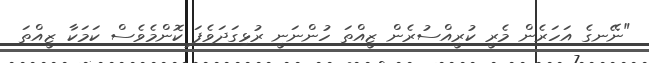
"ނޭނގެ އަހަރެން މެރީ ކުރީއްސުރެން ޒީއްތަ ހުންނަނީ ރުޅިގަދަވެފަ ކޮންމެވެސް ކަމަކާ ޒީއްތަ